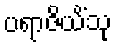
ပရာဇိယိံသု